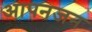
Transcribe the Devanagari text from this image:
आपनजन